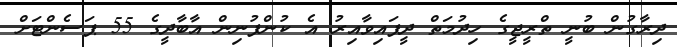
ދިރާގުން ބުނީ ތްރީޖީގެ ހިދުމަތް ދީފައިވާއިރު އެ ކުންފުނިން އާބާދީގެ 55 ޕަސެންޓަށް